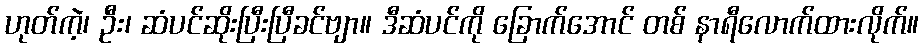
ဟုတ်ကဲ့၊ ဦး၊ ဆံပင်ဆိုးပြီးပြီခင်ဗျာ။ ဒီဆံပင်ကို ခြောက်အောင် တစ် နာရီလောက်ထားလိုက်။